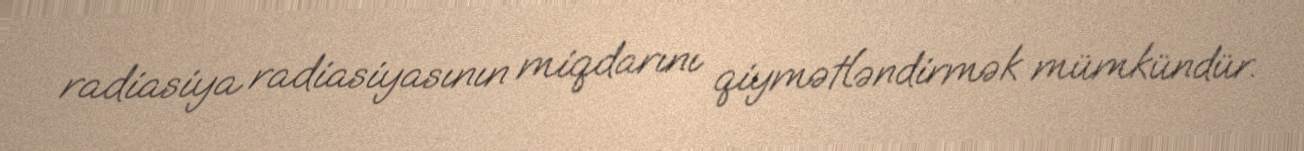
radiasiya radiasiyasının miqdarını qiymətləndirmək mümkündür.